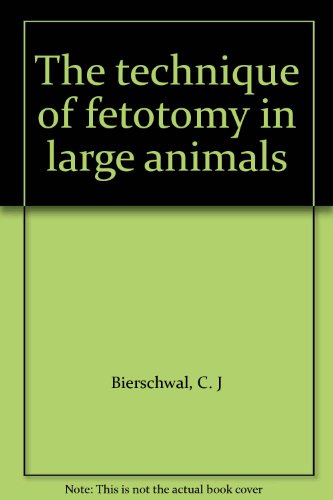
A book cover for The technique of fetotomy in large animals; C. J Bierschwal; Medical Books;